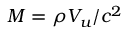
M = \rho V _ { u } / c ^ { 2 }